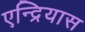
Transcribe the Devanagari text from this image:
एन्द्रियास